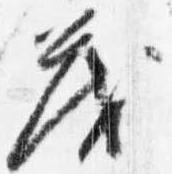
茂